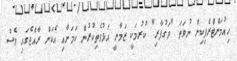
ހިއުމަންޓްރެފިކިން ނުވަތަ "ވަގުފާރި" ކުރުމަކީ ޒަމާނީ އަޅުވެތިކުރުން ކަމަށާއި އެކަން ރާއްޖެގައި ވެސް